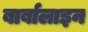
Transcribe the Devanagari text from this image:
बार्बालाइन